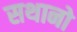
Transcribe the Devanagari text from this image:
सथानो